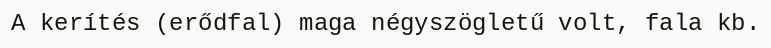
A kerítés (erődfal) maga négyszögletű volt, fala kb.